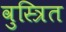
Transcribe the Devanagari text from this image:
वुस्त्रित